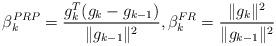
LaTeX: \begin{align*}\beta_k^{PRP}=\frac{g_k^T(g_k-g_{k-1})}{\|g_{k-1}\|^2},\beta_k^{FR}=\frac{\|g_k\|^2}{\|g_{k-1}\|^2}\end{align*}